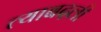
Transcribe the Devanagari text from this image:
त्याबदली